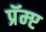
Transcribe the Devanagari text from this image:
प्रॅम्प्ट